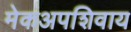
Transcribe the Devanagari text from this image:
मेकअपशिवाय